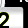
Digit: 2